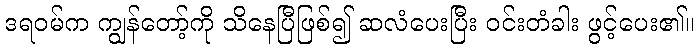
ဒရဝမ်က ကျွန်တော့်ကို သိနေပြီဖြစ်၍ ဆလံပေးပြီး ဝင်းတံခါး ဖွင့်ပေး၏။